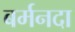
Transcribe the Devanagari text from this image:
बर्मनदा